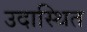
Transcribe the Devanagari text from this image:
उदास्थित